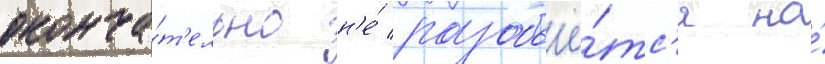
оконча́т'ельно н'е́ разобьё́тс'я на́